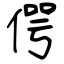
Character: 偔